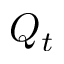
Q _ { t }